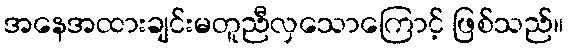
အနေအထားချင်းမတူညီလှသောကြောင့် ဖြစ်သည်။